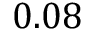
0 . 0 8